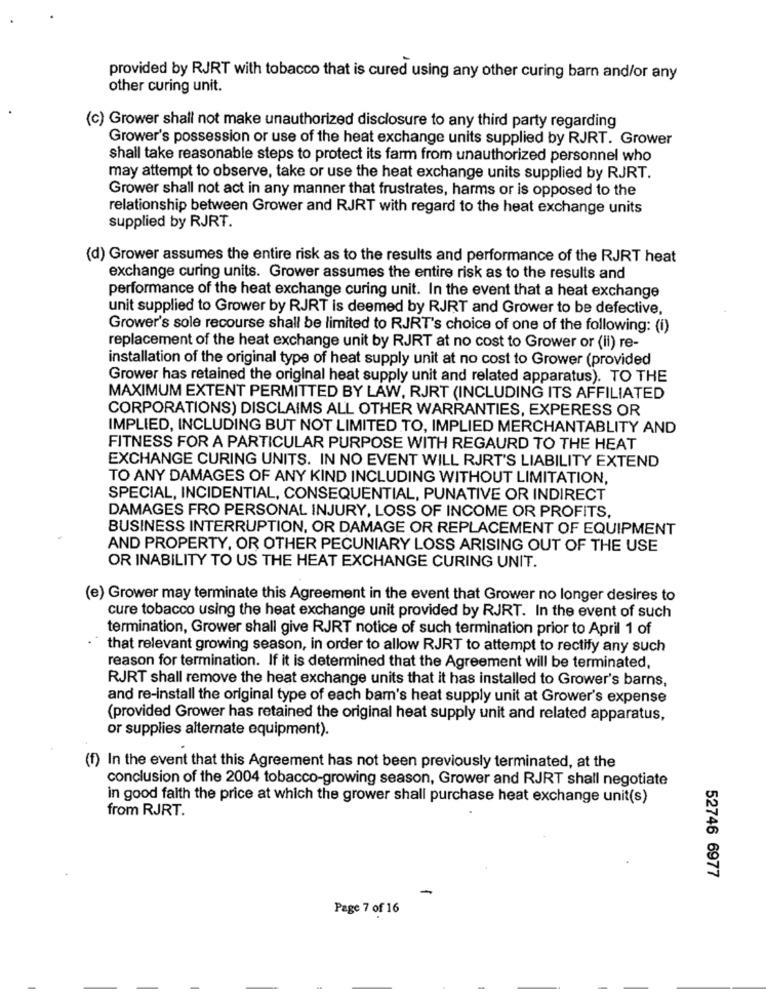
provided by RJRT with tobacco that is cured using any other curing barn and/or any
other curing unit.
(c) Grower shall not make unauthorized disclosure to any third party regarding
Grower's possession or use of the heat exchange units supplied by RJRT. Grower
shall take reasonable steps to protect its farm from unauthorized personnel who
may attempt to observe, take or use the heat exchange units supplied by RJRT.
Grower shall not act in any manner that frustrates, harms or is opposed to the
relationship between Grower and RJRT with regard to the heat exchange units
supplied by RJRT.
(d) Grower assumes the entire risk as to the results and performance of the RJRT heat
exchange curing units. Grower assumes the entire risk as to the results and
performance of the heat exchange curing unit. In the event that a heat exchange
unit supplied to Grower by RJRT is deemed by RJRT and Grower to be defective,
Grower's sole recourse shall be limited to RJRT's choice of one of the following: (i)
replacement of the heat exchange unit by RJRT at no cost to Grower or (ii) re-
installation of the original type of heat supply unit at no cost to Grower (provided
Grower has retained the original heat supply unit and related apparatus). TO THE
MAXIMUM EXTENT PERMITTED BY LAW, RJRT (INCLUDING ITS AFFILIATED
CORPORATIONS) DISCLAIMS ALL OTHER WARRANTIES, EXPERESS OR
IMPLIED, INCLUDING BUT NOT LIMITED TO, IMPLIED MERCHANTABLITY AND
FITNESS FOR A PARTICULAR PURPOSE WITH REGAURD TO THE HEAT
EXCHANGE CURING UNITS. IN NO EVENT WILL RJRT'S LIABILITY EXTEND
TO ANY DAMAGES OF ANY KIND INCLUDING WITHOUT LIMITATION,
SPECIAL, INCIDENTIAL, CONSEQUENTIAL, PUNATIVE OR INDIRECT
DAMAGES FRO PERSONAL INJURY, LOSS OF INCOME OR PROFITS,
BUSINESS INTERRUPTION, OR DAMAGE OR REPLACEMENT OF EQUIPMENT
AND PROPERTY, OR OTHER PECUNIARY LOSS ARISING OUT OF THE USE
OR INABILITY TO US THE HEAT EXCHANGE CURING UNIT.
(e) Grower may terminate this Agreement in the event that Grower no longer desires to
cure tobacco using the heat exchange unit provided by RJRT. In the event of such
termination, Grower shall give RJRT notice of such termination prior to April 1 of
that relevant growing season, in order to allow RJRT to attempt to rectify any such
reason for termination. If it is determined that the Agreement will be terminated,
RJRT shall remove the heat exchange units that it has installed to Grower's barns,
and re-install the original type of each bam's heat supply unit at Grower's expense
(provided Grower has retained the original heat supply unit and related apparatus,
or supplies alternate equipment).
(f) In the event that this Agreement has not been previously terminated, at the
conclusion of the 2004 tobacco-growing season, Grower and RJRT shall negotiate
in good faith the price at which the grower shall purchase heat exchange unit(s)
from RJRT.
52746 6977
-
Page 7 of 16